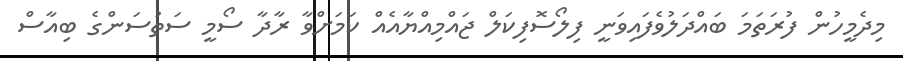
މިދެމީހުން ފުރަތަމަ ބައްދަލުވެފައިވަނީ ފިލޯސޮފިކަލް ޖައްމިއްޔާއެއް ކަމަށްވާ ރާދާ ސޯމީ ސަތުސަންގެ ބިއާސް